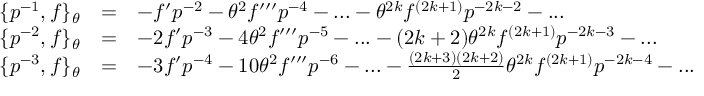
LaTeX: \begin{array} { l c l } { { \{ p ^ { - 1 } , f \} _ { \theta } } } & { { = } } & { { - f ^ { \prime } p ^ { - 2 } - { \theta } ^ { 2 } f ^ { \prime \prime \prime } p ^ { - 4 } - . . . - { \theta } ^ { 2 k } f ^ { ( 2 k + 1 ) } p ^ { - 2 k - 2 } - . . . } } \\ { { \{ p ^ { - 2 } , f \} _ { \theta } } } & { { = } } & { { - 2 f ^ { \prime } p ^ { - 3 } - 4 { \theta } ^ { 2 } f ^ { \prime \prime \prime } p ^ { - 5 } - . . . - ( 2 k + 2 ) { \theta } ^ { 2 k } f ^ { ( 2 k + 1 ) } p ^ { - 2 k - 3 } - . . . } } \\ { { \{ p ^ { - 3 } , f \} _ { \theta } } } & { { = } } & { { - 3 f ^ { \prime } p ^ { - 4 } - 1 0 { \theta } ^ { 2 } f ^ { \prime \prime \prime } p ^ { - 6 } - . . . - \frac { ( 2 k + 3 ) ( 2 k + 2 ) } { 2 } { \theta } ^ { 2 k } f ^ { ( 2 k + 1 ) } p ^ { - 2 k - 4 } - . . . } } \end{array}